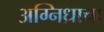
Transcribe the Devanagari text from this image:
अग्निध्राचा